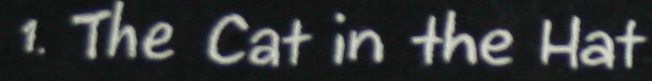
1. The Cat in the Hat